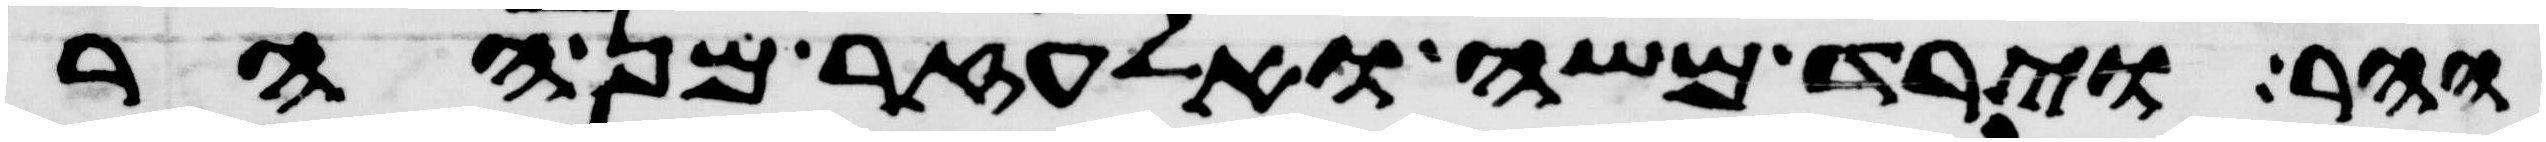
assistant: ההר וירד משה ואלעזר מן ההר